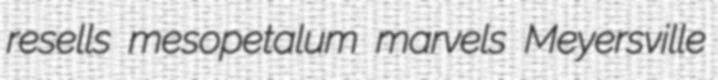
resells mesopetalum marvels Meyersville